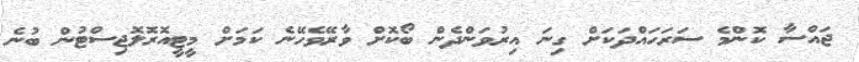
ޖައްސާ ކޮންމެ ސަރަހައްދަކަށް ގިނަ އިރުވަންދެން ބޯކޮށް ވާރޭވެހޭނެ ކަމަށް މީޓީއޮރޮލޮޖިސްޓުން ބުނެ